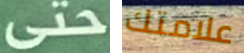
حتى علامتك